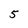
Character: 5